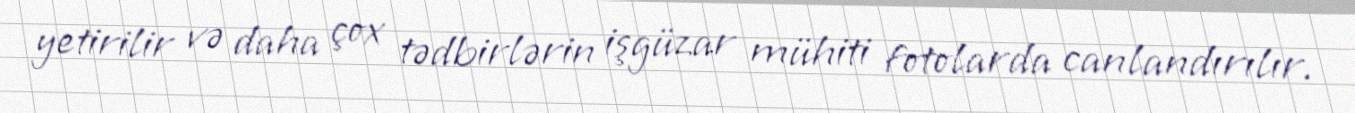
yetirilir və daha çox tədbirlərin işgüzar mühiti fotolarda canlandırılır.